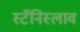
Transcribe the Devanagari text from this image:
स्टॅनिस्लाव